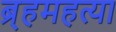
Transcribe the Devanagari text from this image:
ब्र्हमहत्या